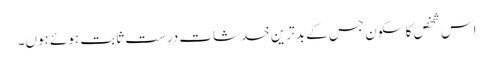
اس شخص کا سکون جس کے بدترین خدشات درست ثابت ہوئے ہوں۔